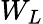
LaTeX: W_{L}